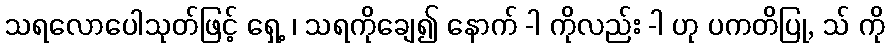
သရလောပေါသုတ်ဖြင့် ရှေ့ ၊ သရကိုချေ၍ နောက် -ါ ကိုလည်း -ါ ဟု ပကတိပြု, သ် ကို